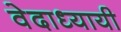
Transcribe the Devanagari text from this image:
वेदाध्यायी